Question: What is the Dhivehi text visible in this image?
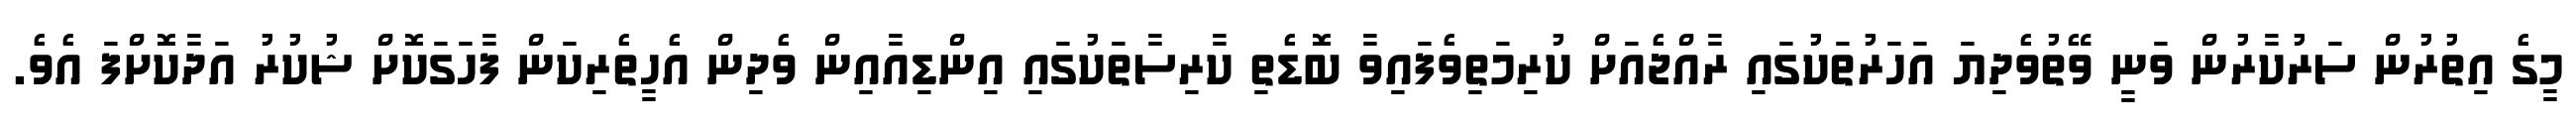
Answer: މީގެ އިތުރުން ސަރުކާރުން ވަނީ ވޭތުވެދިޔަ އަހަރުތަކުގައި ރާއްޖެއަށް ކުރިމަތިވެފައިވާ ބޮޑެތި ކާރިސާތަކުގައި އިންޑިއާއިން ވެދިން އެހީތެރިކަން ފާހަގަކޮށް ޝުކުރު އަދާކޮށްފަ އެވެ.